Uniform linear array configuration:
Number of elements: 24
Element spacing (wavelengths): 1
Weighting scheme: hamming
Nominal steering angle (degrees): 45
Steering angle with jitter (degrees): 44.175
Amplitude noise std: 0.05
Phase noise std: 0.05

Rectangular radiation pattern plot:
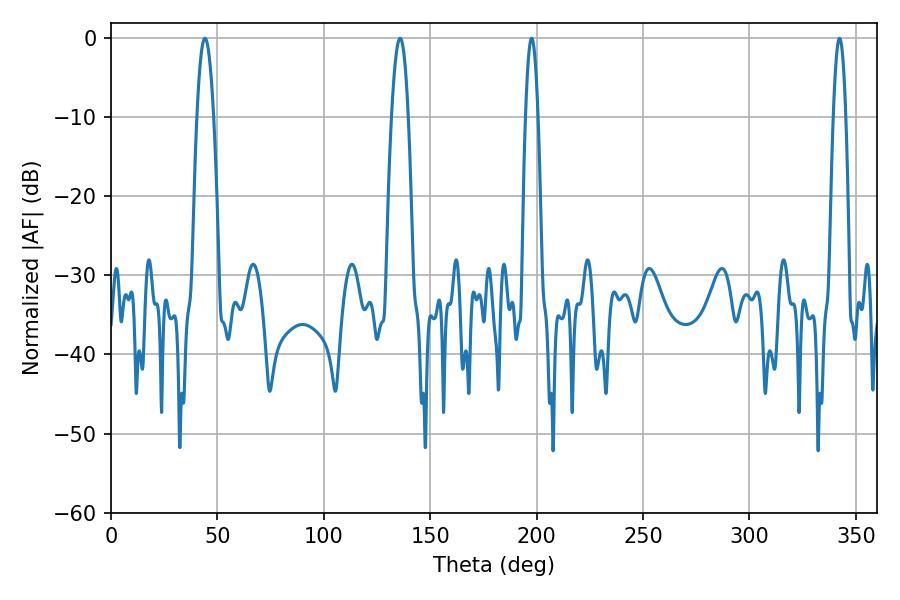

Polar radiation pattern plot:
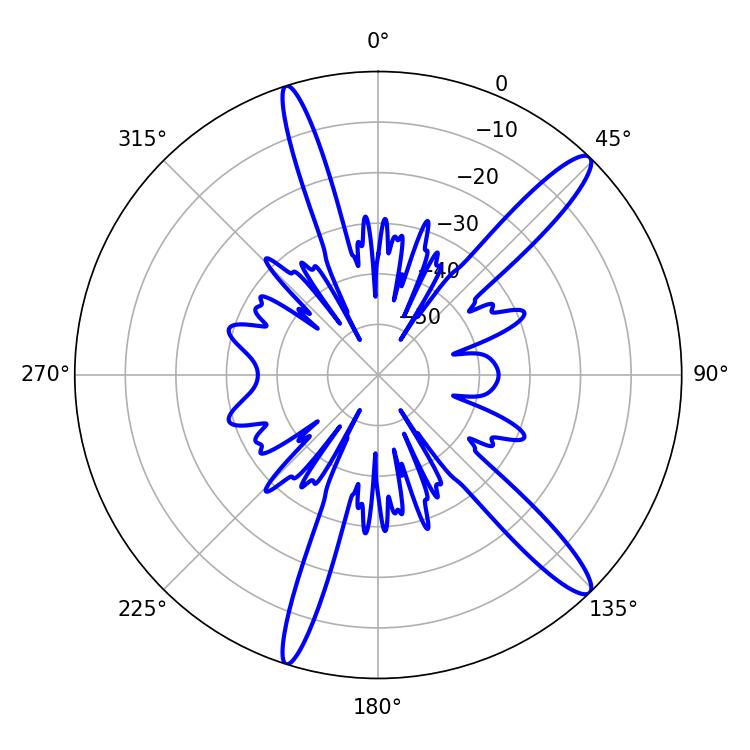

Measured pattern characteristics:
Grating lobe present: TRUE
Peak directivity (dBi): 14.18
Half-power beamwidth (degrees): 3.24
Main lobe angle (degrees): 197.64